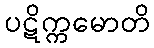
ပဋိက္ကမောတိ